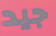
جيد